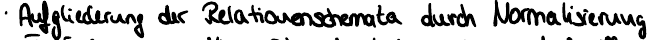
Aufgliederung der Relationenschemata durch Normalisierung